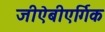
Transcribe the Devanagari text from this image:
जीऐबीएर्गिक